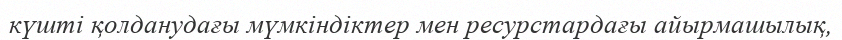
күшті қолданудағы мүмкіндіктер мен ресурстардағы айырмашылық,